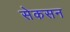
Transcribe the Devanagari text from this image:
सेकसन